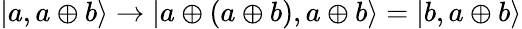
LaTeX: \vert a,a\oplus b\rangle\to\vert a\oplus(a\oplus b),a\oplus b\rangle=|b,a\oplus b\rangle